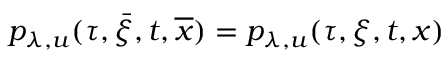
p _ { \lambda , u } ( \tau , \bar { \xi } , t , \overline { { x } } ) = p _ { \lambda , u } ( \tau , \xi , t , x )